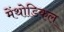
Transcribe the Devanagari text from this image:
मेंथोडिकल